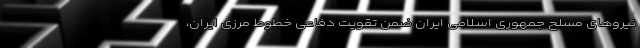
نیروهای مسلح جمهوری اسلامی ایران ضمن تقویت دفاعی خطوط مرزی ایران،